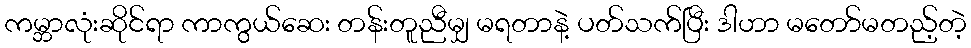
ကမ္ဘာလုံးဆိုင်ရာ ကာကွယ်ဆေး တန်းတူညီမျှ မရတာနဲ့ ပတ်သက်ပြီး ဒါဟာ မတော်မတည့်တဲ့